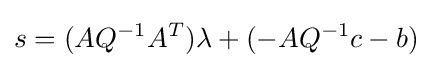
s=(AQ^{-1}A^{T}){\lambda }+(-AQ^{-1}c-b)